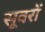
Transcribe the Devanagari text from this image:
सूवरों